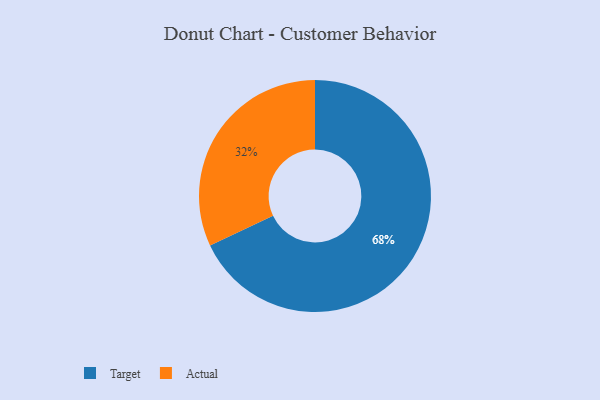
{"axis": {"x": "Category", "y": "Percentage"}, "legend": ["Actual", "Target"], "data": [{"x": "Actual", "y": 32, "type": "Actual"}, {"x": "Target", "y": 68, "type": "Target"}]}